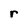
Character: r